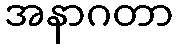
အနာဂတာ